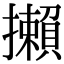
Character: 攋